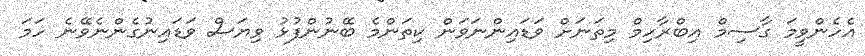
އެހެންވީމަ ގާސިމް އިބްރާހިމް މިތަނަށް ވަޑައިންނަވަން ކިތަންމެ ބޭނުންފުޅު ވިޔަސް ވަޑައިނުގެންނެވޭނެ ހަމަ